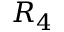
R _ { 4 }